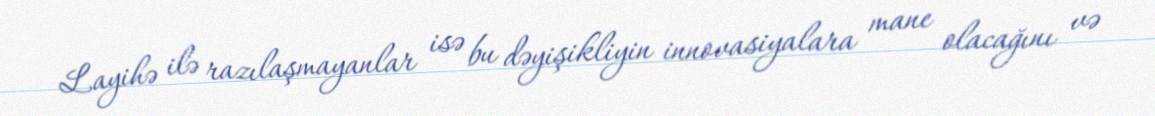
Layihə ilə razılaşmayanlar isə bu dəyişikliyin innovasiyalara mane olacağını və